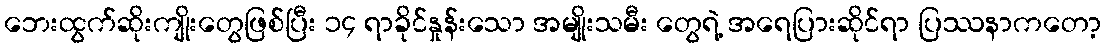
ဘေးထွက်ဆိုးကျိုးတွေဖြစ်ပြီး ၁၄ ရာခိုင်နှုန်းသော အမျိုးသမီး တွေရဲ့ အရေပြားဆိုင်ရာ ပြဿနာကတော့